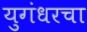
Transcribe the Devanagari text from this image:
युगंधरचा